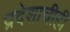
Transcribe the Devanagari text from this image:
प्रदेशाचीही